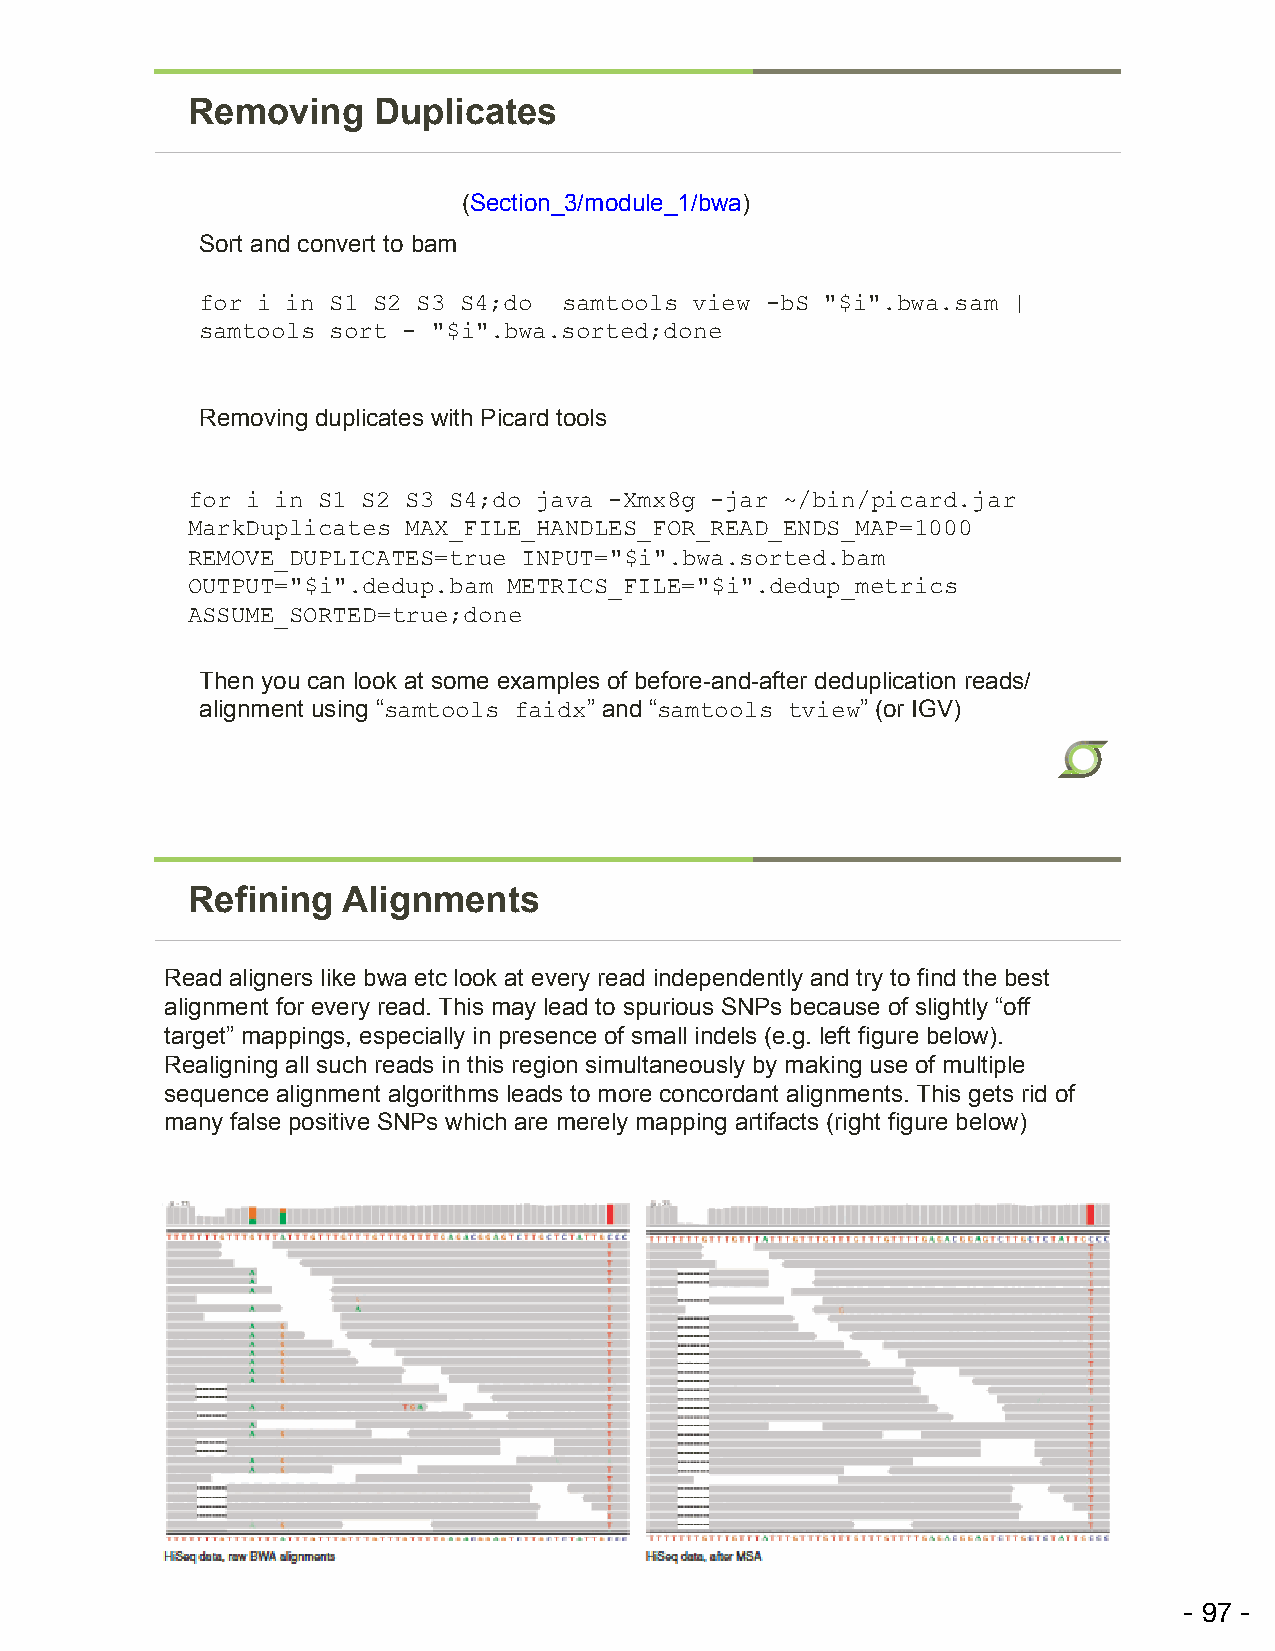
Removing     Duplicates
 (Section_3/module_1/bwa)
 Sort and convert to bam
 for i in S1 S2 S3 S4;do samtools view -bS "$i".bwa.sam |
 samtools sort - "$i".bwa.sorted;done
 Removing duplicates with Picard tools
 for i in S1 S2 S3 S4;do java -Xmx8g -jar ~/bin/picard.jar
 MarkDuplicates MAX_FILE_HANDLES_FOR_READ_ENDS_MAP=1000
 REMOVE_DUPLICATES=true INPUT="$i".bwa.sorted.bam
 OUTPUT="$i".dedup.bam METRICS_FILE="$i".dedup_metrics
 ASSUME_SORTED=true;done
 Then you can look at some examples of before-and-after deduplication reads/
 alignment using “samtools faidx” and “samtools tview” (or IGV)
 Refining   Alignments
 Read aligners like bwa etc look at every read independently and try to find the best
 alignment for every read. This may lead to spurious SNPs because of slightly “off
 target” mappings, especially in presence of small indels (e.g. left figure below).
 Realigning all such reads in this region simultaneously by making use of multiple
 sequence alignment algorithms leads to more concordant alignments. This gets rid of
 many false positive SNPs which are merely mapping artifacts (right figure below)